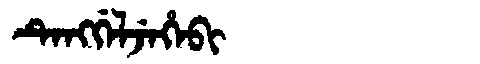
Manchu: ᡨᡝᠩᡤᡝᠯᠵᡝᡥᡝᠪᡳ
Romanization: TENGGELJEHEBI